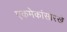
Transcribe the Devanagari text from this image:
एकमेकांसारखे